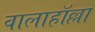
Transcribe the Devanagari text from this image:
वालाहाॅल्ला